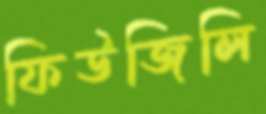
ফিউজিলি